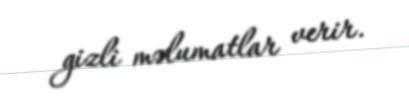
gizli məlumatlar verir.